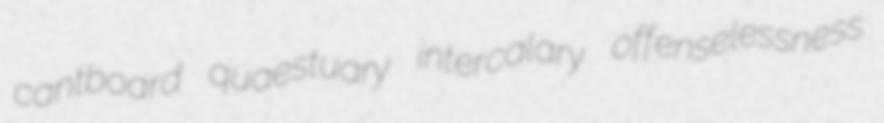
cantboard quaestuary intercalary offenselessness